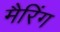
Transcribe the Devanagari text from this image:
मैरिंग